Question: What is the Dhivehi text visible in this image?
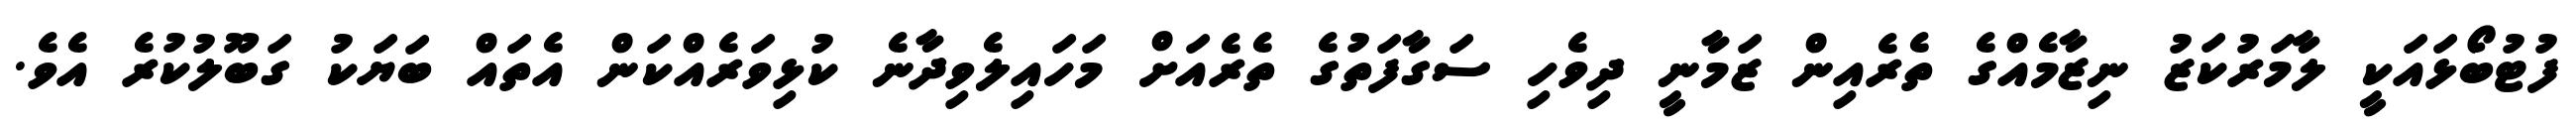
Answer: ފުޓުބޯޅައަކީ ލާމަރުކަޒު ނިޒާމެއްގެ ތެރެއިން ޒަމާނީ ދިވެހި ސަގާފަތުގެ ތެރެއަށް މަހައިލެވިދާނެ ކުޅިވަރެއްކަން އެތައް ބަޔަކު ގަބޫލުކުރެ އެވެ.